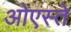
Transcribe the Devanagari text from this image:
ओएस्ते